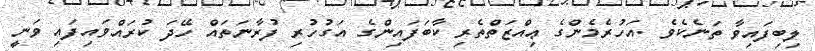
ލިބިފައިވާ ތަނެކެވެ .އަހުރެމެންގެ ޢިއްޒަތްތެރި ކާބަފައިންގެ އަގުހުރި ފުރާނަތައް ހޭދަ ކުރައްވައިފައި ވަނީ